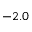
- 2 . 0